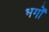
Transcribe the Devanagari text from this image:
भगों